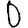
Digit: 0